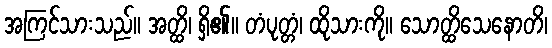
အကြင်သားသည်။ အတ္ထိ၊ ရှိ၏။ တံပုတ္တံ၊ ထိုသားကို။ သောတ္ထိသေနောတိ၊